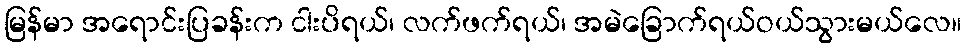
မြန်မာ အရောင်းပြခန်းက ငါးပိရယ်၊ လက်ဖက်ရယ်၊ အမဲခြောက်ရယ်ဝယ်သွားမယ်လေ။